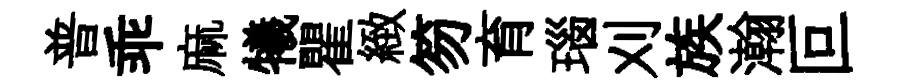
普乖麻犧瞿緻笏育瑙刈族瀚叵